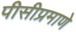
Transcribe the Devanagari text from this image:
पीसीप्रमाणे